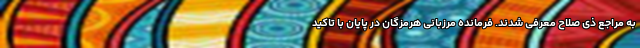
به مراجع ذی صلاح معرفی شدند. فرمانده مرزبانی هرمزگان در پایان با تاکید